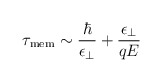
\begin{align*}\tau_{\rm mem}\sim {\hbar\over\epsilon_\perp}+{\epsilon_\perp\over qE}\end{align*}